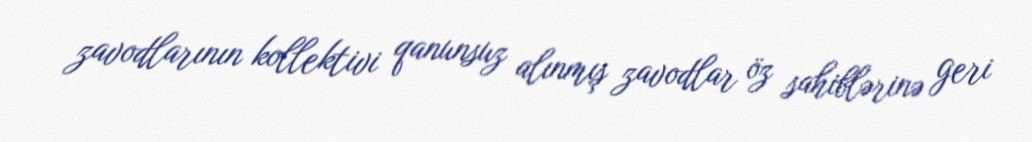
zavodlarının kollektivi qanunsuz alınmış zavodlar öz sahiblərinə geri